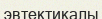
эвтектикалы